Lunatic asylums Burma 1907-21 - 1907-1921
Year: 1907
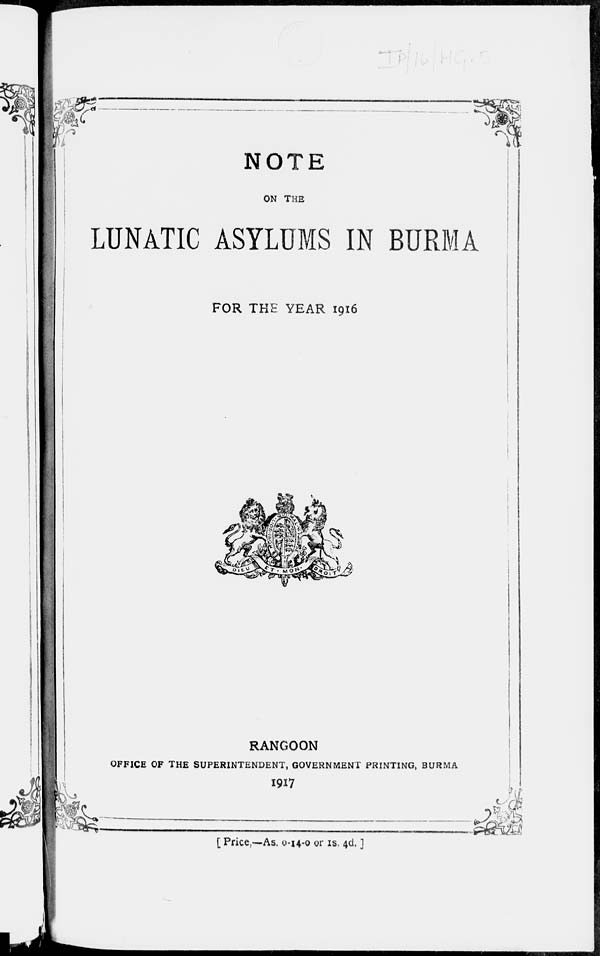
NOTE
ON THE
LUNATIC ASYLUMS IN BURMA
FOR THE YEAR 1916
RANGOON
OFFICE OF THE SUPERINTENDENT, GOVERNMENT PRINTING, BURMA
1917
[ Price,—As. 0-14-0 or 1S. 4d. ]